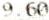
9.60